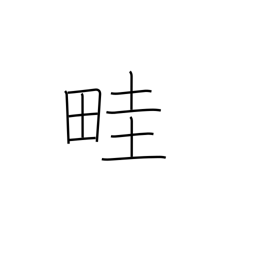
Meaning: rib